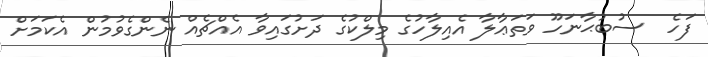
ފަހެ  ސުބުޙާނަހޫ ވަތަޢާލާ އެއިލާހުގެ މިލްކުގެ ދަށުގައިވާ އެއްޗެއް ނެންގެވުމުން އެކަމަށް